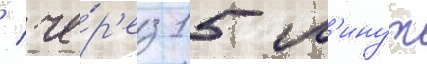
/ че́р'ез 15 м'инут